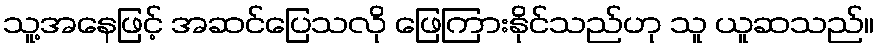
သူ့အနေဖြင့် အဆင်ပြေသလို ဖြေကြားနိုင်သည်ဟု သူ ယူဆသည်။